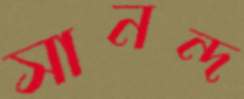
সানন্দ